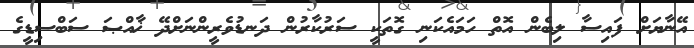
އޭނާޔަށް ފައިސާ ލިބެން އޮތް ހަމައެކަނި ގޮތަކީ ސަރުކާރުން ދަނޑުވެރީންނަށްދޭ ޚާއްޞަ ސަބްސިޑީގެ